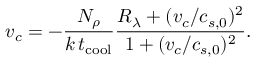
v _ { c } = - \frac { N _ { \rho } } { k \, t _ { \mathrm { c o o l } } } \frac { R _ { \lambda } + ( v _ { c } / c _ { s , 0 } ) ^ { 2 } } { 1 + ( v _ { c } / c _ { s , 0 } ) ^ { 2 } } .